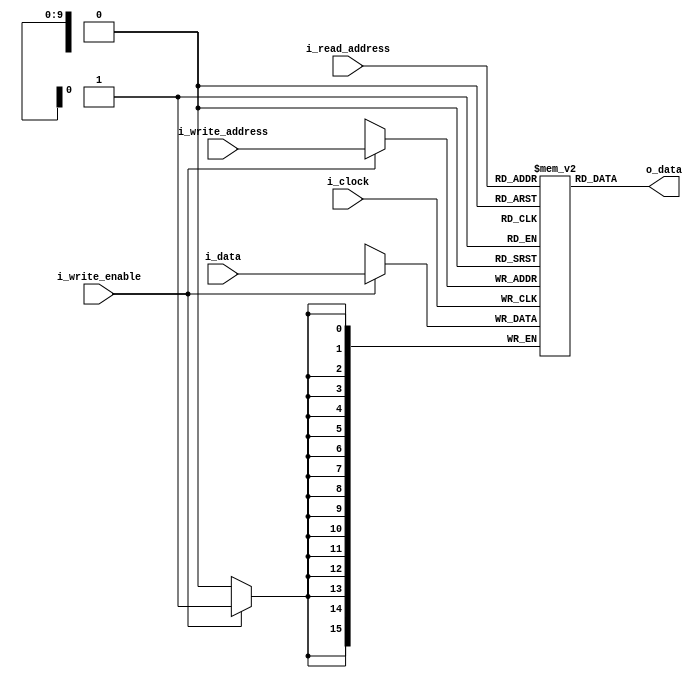
`timescale 1ns/100ps
module ram
#(
    parameter                           NB_INSTRUCTION  = 16,
    parameter                           NB_ADDR         = 10,
    parameter                           RAM_DEPTH       = 2**NB_ADDR
)
(
    input wire                          i_clock,
    input wire                          i_write_enable,
    //input wire                          i_read_enable,
    input wire  [NB_ADDR-1 : 0]         i_write_address,
    input wire  [NB_ADDR-1 : 0]         i_read_address,
    input wire  [NB_INSTRUCTION-1 : 0]  i_data,
    output wire [NB_INSTRUCTION-1 : 0]  o_data
);

    reg         [NB_INSTRUCTION-1 : 0]  ram [RAM_DEPTH-1 : 0];

    //reading - low latency
    assign                              o_data = ram[i_read_address];

    //writing
    always @(posedge i_clock)
    begin
        
        if(i_write_enable)
            ram[i_write_address] <= i_data;
    end   
    
 endmodule